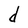
Character: d